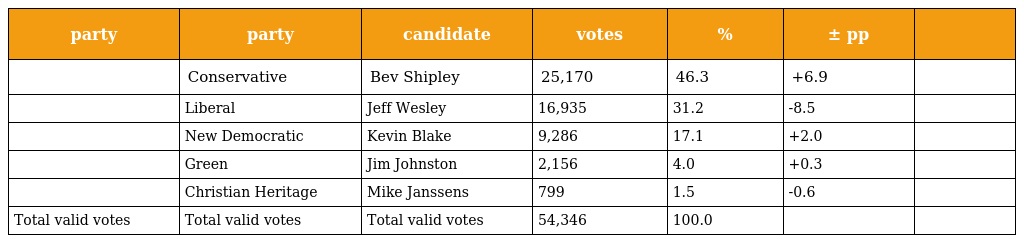
| party | party | candidate | votes | % | ± pp |  |
 | --- | --- | --- | --- | --- | --- | --- |
 |  | Conservative | Bev Shipley | 25,170 | 46.3 | +6.9 |  |
 |  | Liberal | Jeff Wesley | 16,935 | 31.2 | -8.5 |  |
 |  | New Democratic | Kevin Blake | 9,286 | 17.1 | +2.0 |  |
 |  | Green | Jim Johnston | 2,156 | 4.0 | +0.3 |  |
 |  | Christian Heritage | Mike Janssens | 799 | 1.5 | -0.6 |  |
 | Total valid votes | Total valid votes | Total valid votes | 54,346 | 100.0 |  |  |